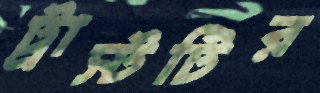
ট্রাস্টটির